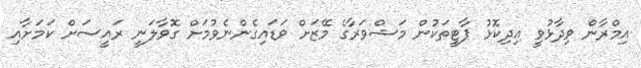
އިމްރާން ވިދާޅުވީ އިދިކޮޅު ޕާޓީތަކުން މަޝްވަރާގެ މޭޒަށް ވަޑައިގެންނެވުމަށް ގޮވާލަނީ ރައީސަށް ކަމަށާއި